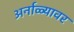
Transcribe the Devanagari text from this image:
अर्नाळ्यावर